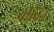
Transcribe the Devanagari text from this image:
बीविन